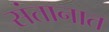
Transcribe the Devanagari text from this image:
संतानात